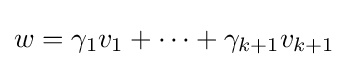
w=\gamma _{1}v_{1}+\cdots +\gamma _{k+1}v_{k+1}